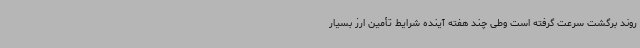
روند برگشت سرعت گرفته است وطی چند هفته آینده شرایط تأمین ارز بسیار